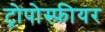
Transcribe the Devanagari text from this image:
ट्रोपोस्फ़ीयर